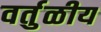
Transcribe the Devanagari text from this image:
वर्तुळीय